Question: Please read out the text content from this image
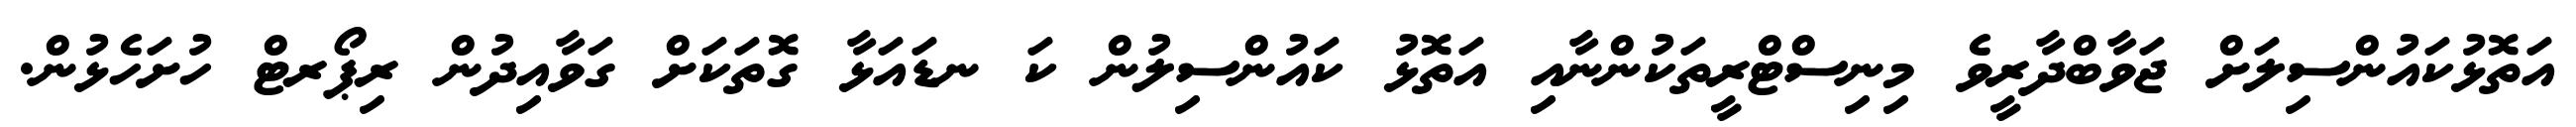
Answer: އަތޮޅުކައުންސިލަށް ޖަވާބްދާރީވެ މިނިސްޓްރީތަކުންނާއި އަތޮޅު ކައުންސިލުން ކަ ނޑައަޅާ ގޮތަކަށް ގަވާއިދުން ރިޕޯރޓް ހުށަހެޅުން.